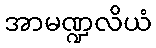
အာမဏ္ဍလိယံ